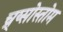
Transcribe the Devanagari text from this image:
च्र्य्सोस्तोम